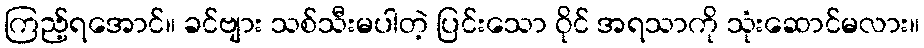
ကြည့်ရအောင်။ ခင်ဗျား သစ်သီးမပါတဲ့ ပြင်းသော ဝိုင် အရသာကို သုံးဆောင်မလား။